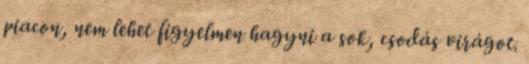
piacon, nem lehet figyelmen hagyni a sok, csodás virágot.